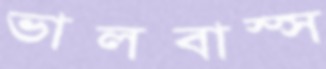
ভালবাস্‌স